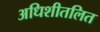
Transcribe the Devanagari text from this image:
अधिशीतलित